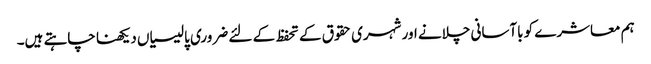
ہم معاشرے کو باآسانی چلانے اور شہری حقوق کے تحفظ کے لئے ضروری پالیسیاں دیکھنا چاہتے ہیں۔